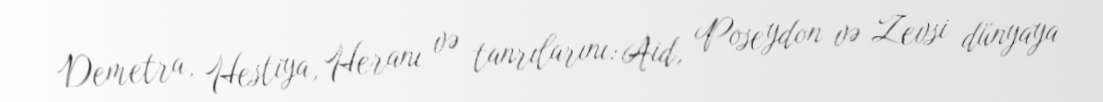
Demetra, Hestiya, Heranı və tanrılarını: Aid, Poseydon və Zevsi dünyaya